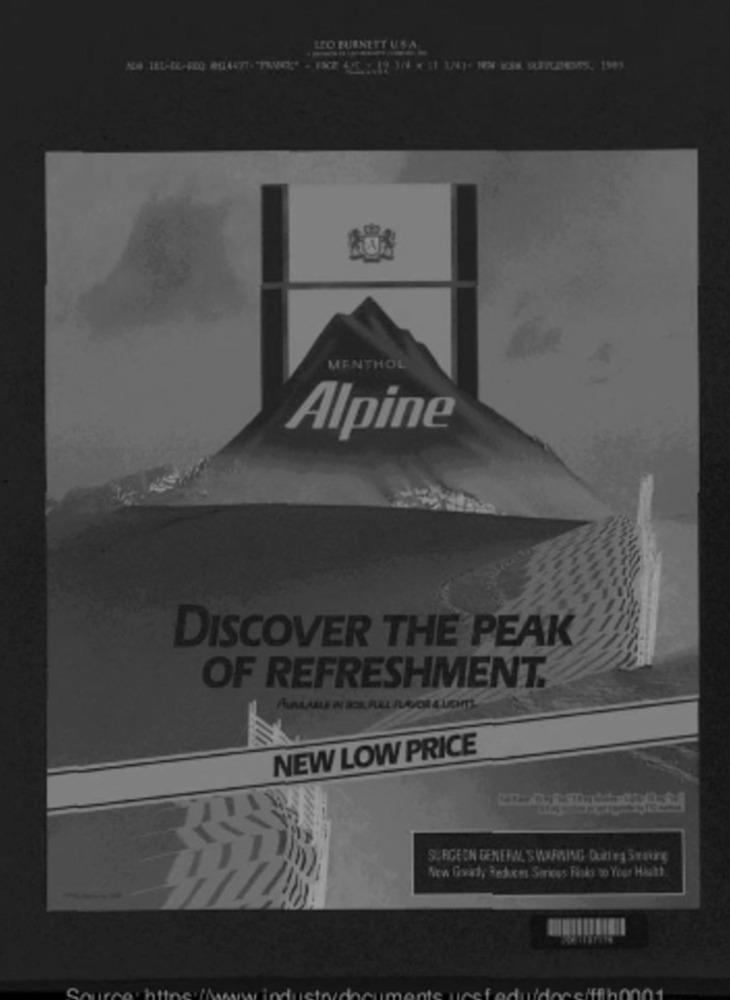
LEO BURNETT USA
MENTHOL
Alpine
DISCOVER THE PEAK
OF REFRESHMENT.
AVALABLE A BOR FULL FLAVOR 4 LICHTS
NEW LOW PRICE
SURGEON GENERAL SWIMMING Duffey STEUrs
New freaty Reduces Sirioes Fisks to Your Hisatt